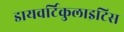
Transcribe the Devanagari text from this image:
डायवर्टिकुलाइटिस